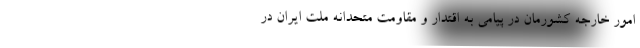
امور خارجه کشورمان در پیامی به اقتدار و مقاومت متحدانه ملت ایران در